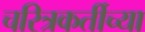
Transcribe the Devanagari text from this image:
चरित्रकर्तीच्या